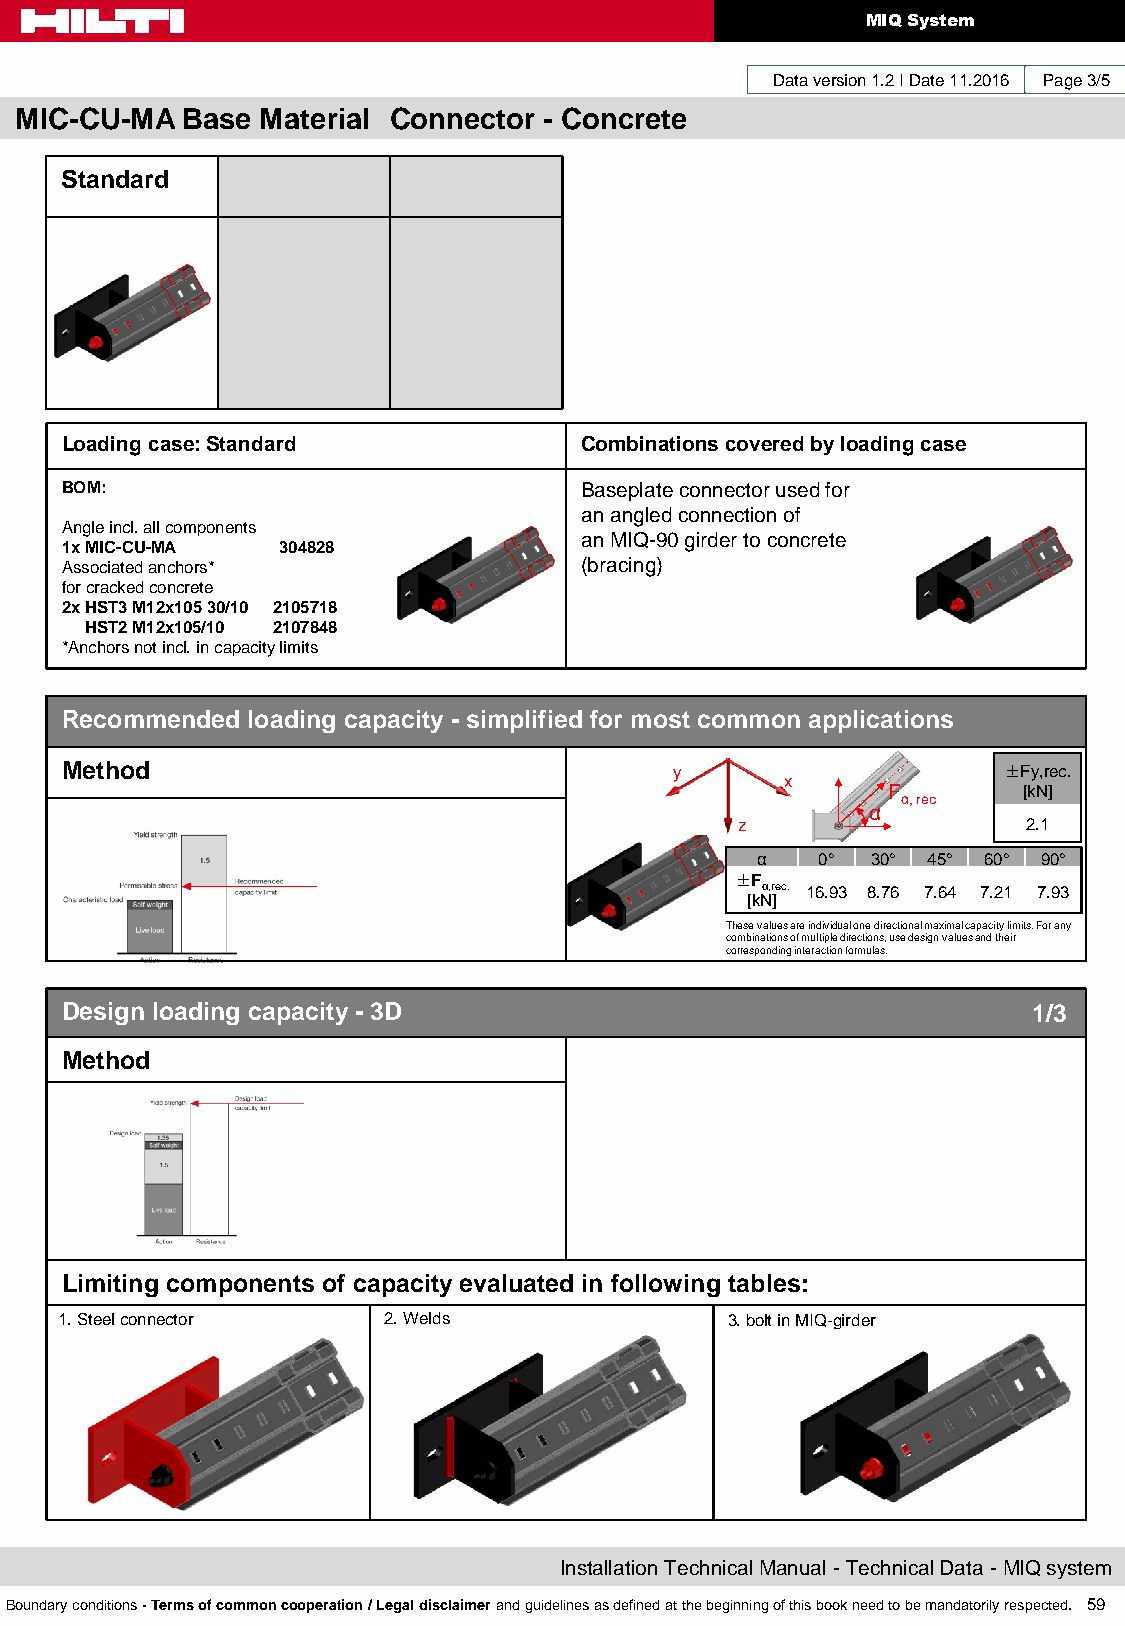
MIQ System
 Data version 1.2 I Date 11.2016 Page 3/5
 MIC-CU-MA  Base Material Connector - Concrete
 Standard
 Loading case: Standard            Combinations covered by loading case
 BOM:                              Baseplate connector used for
 an angled connection of
 Angle incl. all components
 an MIQ-90 girder to concrete
 1x MIC-CU-MA  304828
 Associated anchors*               (bracing)
 for cracked concrete
 2x HST3 M12x105 30/10 2105718
 HST2 M12x105/10 2107848
 *Anchors not incl. in capacity limits
 Recommended loading capacity - simplified for most common applications
 Method                                   y                    ±Fy,rec.
 x
 F        [kN]
 α, rec
 α
 z                  2.1
 α   0°  30° 45° 60° 90°
 ±F
 α,rec. 16.93 8.76 7.64 7.21 7.93
 [kN]
 These values are individual one directional maximal capacity limits. For any
 combinations of multiple directions, use design values and their
 corresponding interaction formulas.
 Design loading capacity - 3D                                    1/3
 Method
 Limiting components of capacity evaluated in following tables:
 1. Steel connector   2. Welds               3. bolt in MIQ-girder
 Installation Technical Manual - Technical Data - MIQ system
 Boundary conditions - Terms of common cooperation / Legal disclaimer and guidelines as defined at the beginning of this book need to be mandatorily respected. 59